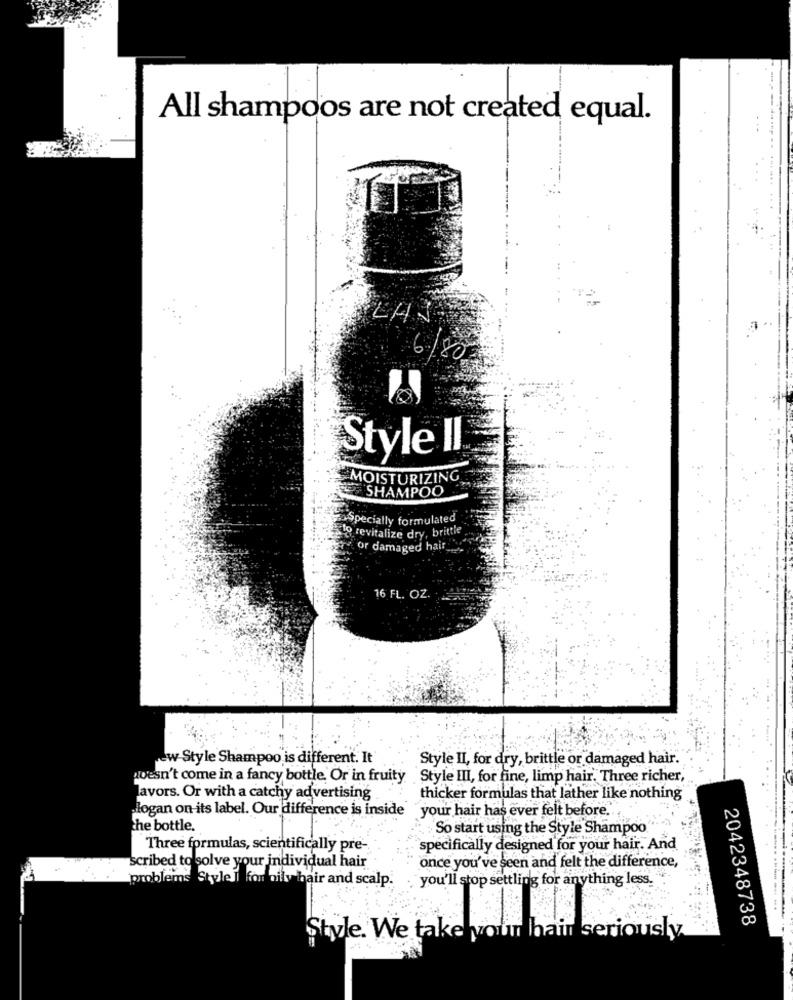
All shampoos are not created equal.
LAN
6/80
Style II
MOISTURIZING
SHAMPOO
Specially formulated
to revitalize dry, brittle
Or damaged hair_
16 FL. OZ
ew Style Shampoo is different. It
Style II, for dry, brittle or damaged hair.
doesn't come in a fancy bottle, Or in fruity
Style III, for fine, limp hair. Three richer,
lavors. Or with a catchy advertising
thicker formulas that lather like nothing
logan on its label. Our difference is inside "your hair has ever felt before."
the bottle.
So start using the Style Shampoo
Three formulas, scientifically pre-
specifically designed for your hair. And
scribed to solve your individual hair
once you've seen and felt the difference,
problems Style i
hoily hair and scalp.
you'll stop settling for anything less.
2042348738
Style. We take your hair seriously